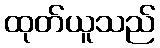
ထုတ်ယူသည်